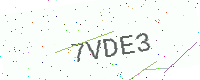
Text: 7VDE3